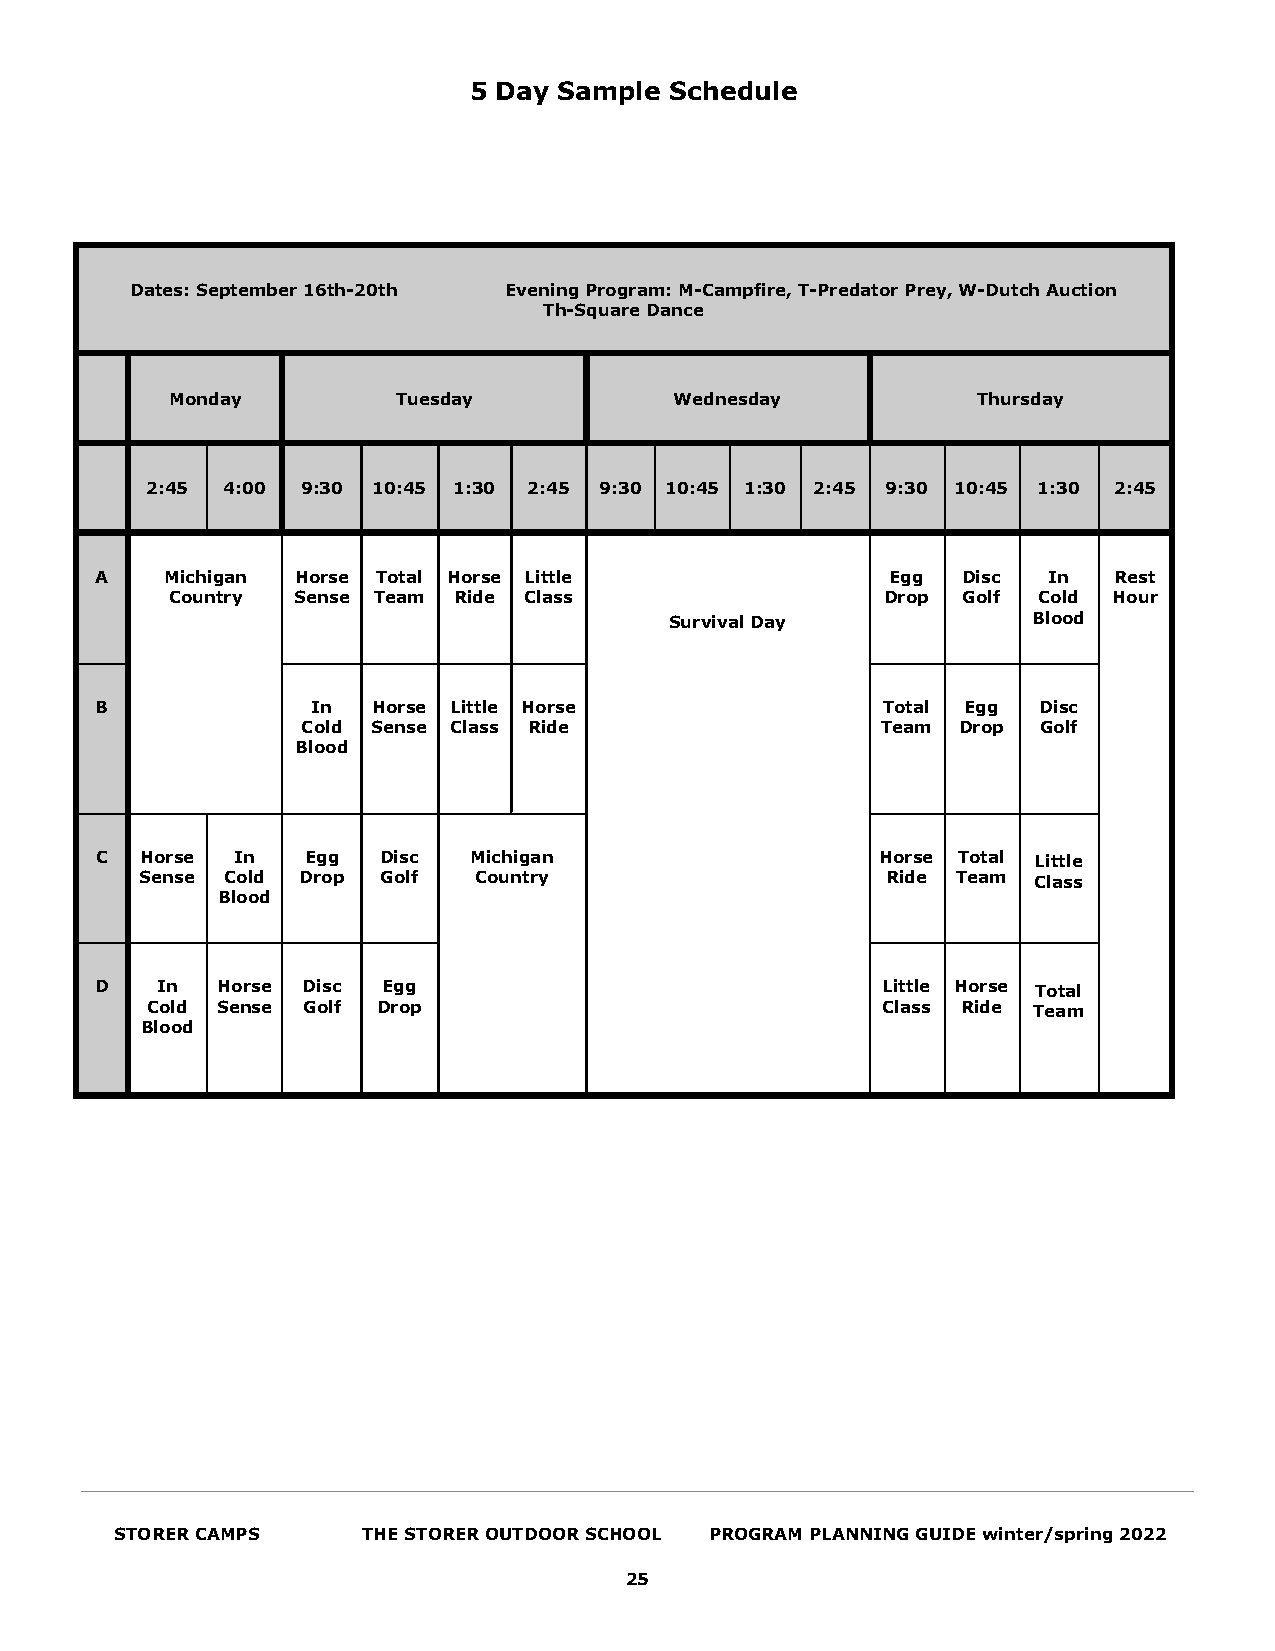
5 Day Sample Schedule
 Dates: September 16th-20th Evening Program: M-Campfire, T-Predator Prey, W-Dutch Auction
 Th-Square Dance
 Monday         Tuesday            Wednesday           Thursday
 2:45 4:00 9:30 10:45 1:30 2:45 9:30 10:45 1:30 2:45 9:30 10:45 1:30 2:45
 A    Michigan Horse Total Horse Little               Egg  Disc In   Rest
 Country Sense Team Ride Class                   Drop Golf Cold Hour
 Survival Day            Blood
 B              In  Horse Little Horse               Total Egg  Disc
 Cold Sense Class Ride                 Team Drop  Golf
 Blood
 C  Horse In   Egg  Disc  Michigan                   Horse Total Little
 Sense Cold Drop Golf  Country                     Ride Team Class
 Blood
 D   In  Horse Disc Egg                              Little Horse Total
 Cold Sense Golf Drop                            Class Ride Team
 Blood
 STORER CAMPS    THE STORER OUTDOOR SCHOOL PROGRAM PLANNING GUIDE winter/spring 2022
 25